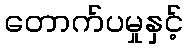
တောက်ပမှုနှင့်